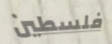
فلسطين